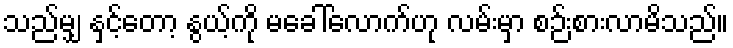
သည်မျှ နှင့်တော့ နွယ့်ကို မခေါ်လောက်ဟု လမ်းမှာ စဉ်းစားလာမိသည်။